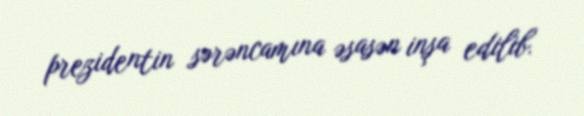
prezidentin sərəncamına əsasən inşa edilib.